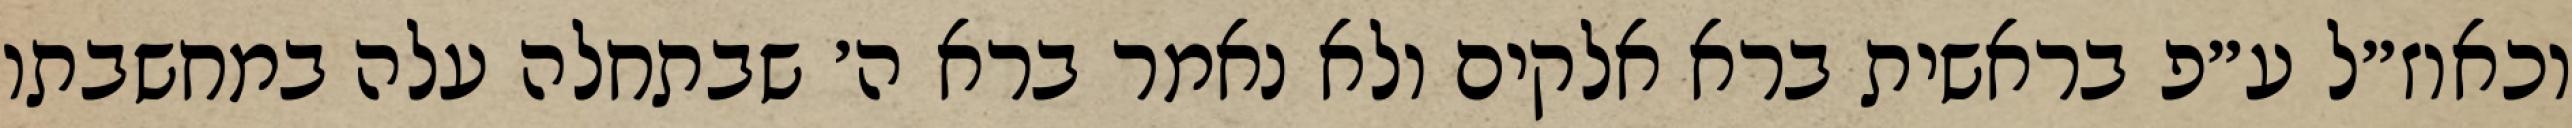
וכאוז״ל ע״פ בראשית ברא אלקים ולא נאמר ברא ה׳ שבתחלה עלה במחשבתו